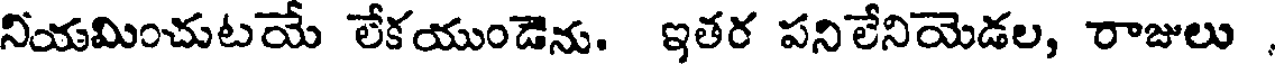
నియమించుటయే లేకయుండెను. ఇతర పనిలేనియెడల, రాజులు